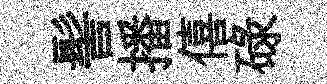
髻播僖碌